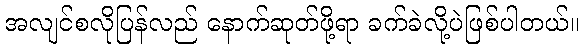
အလျင်စလိုပြန်လည် နောက်ဆုတ်ဖို့ရာ ခက်ခဲလို့ပဲဖြစ်ပါတယ်။